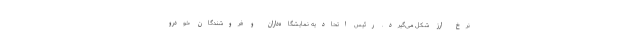
نرخ ارز شکل می‌گیرد. رئیس اتحادیه نمایشگاه‌داران و فروشندگان خودرو